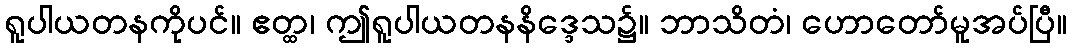
ရူပါယတနကိုပင်။ ဧတ္ထ၊ ဤရူပါယတနနိဒ္ဒေသ၌။ ဘာသိတံ၊ ဟောတော်မူအပ်ပြီ။